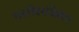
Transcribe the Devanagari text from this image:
छातीवरफिकट